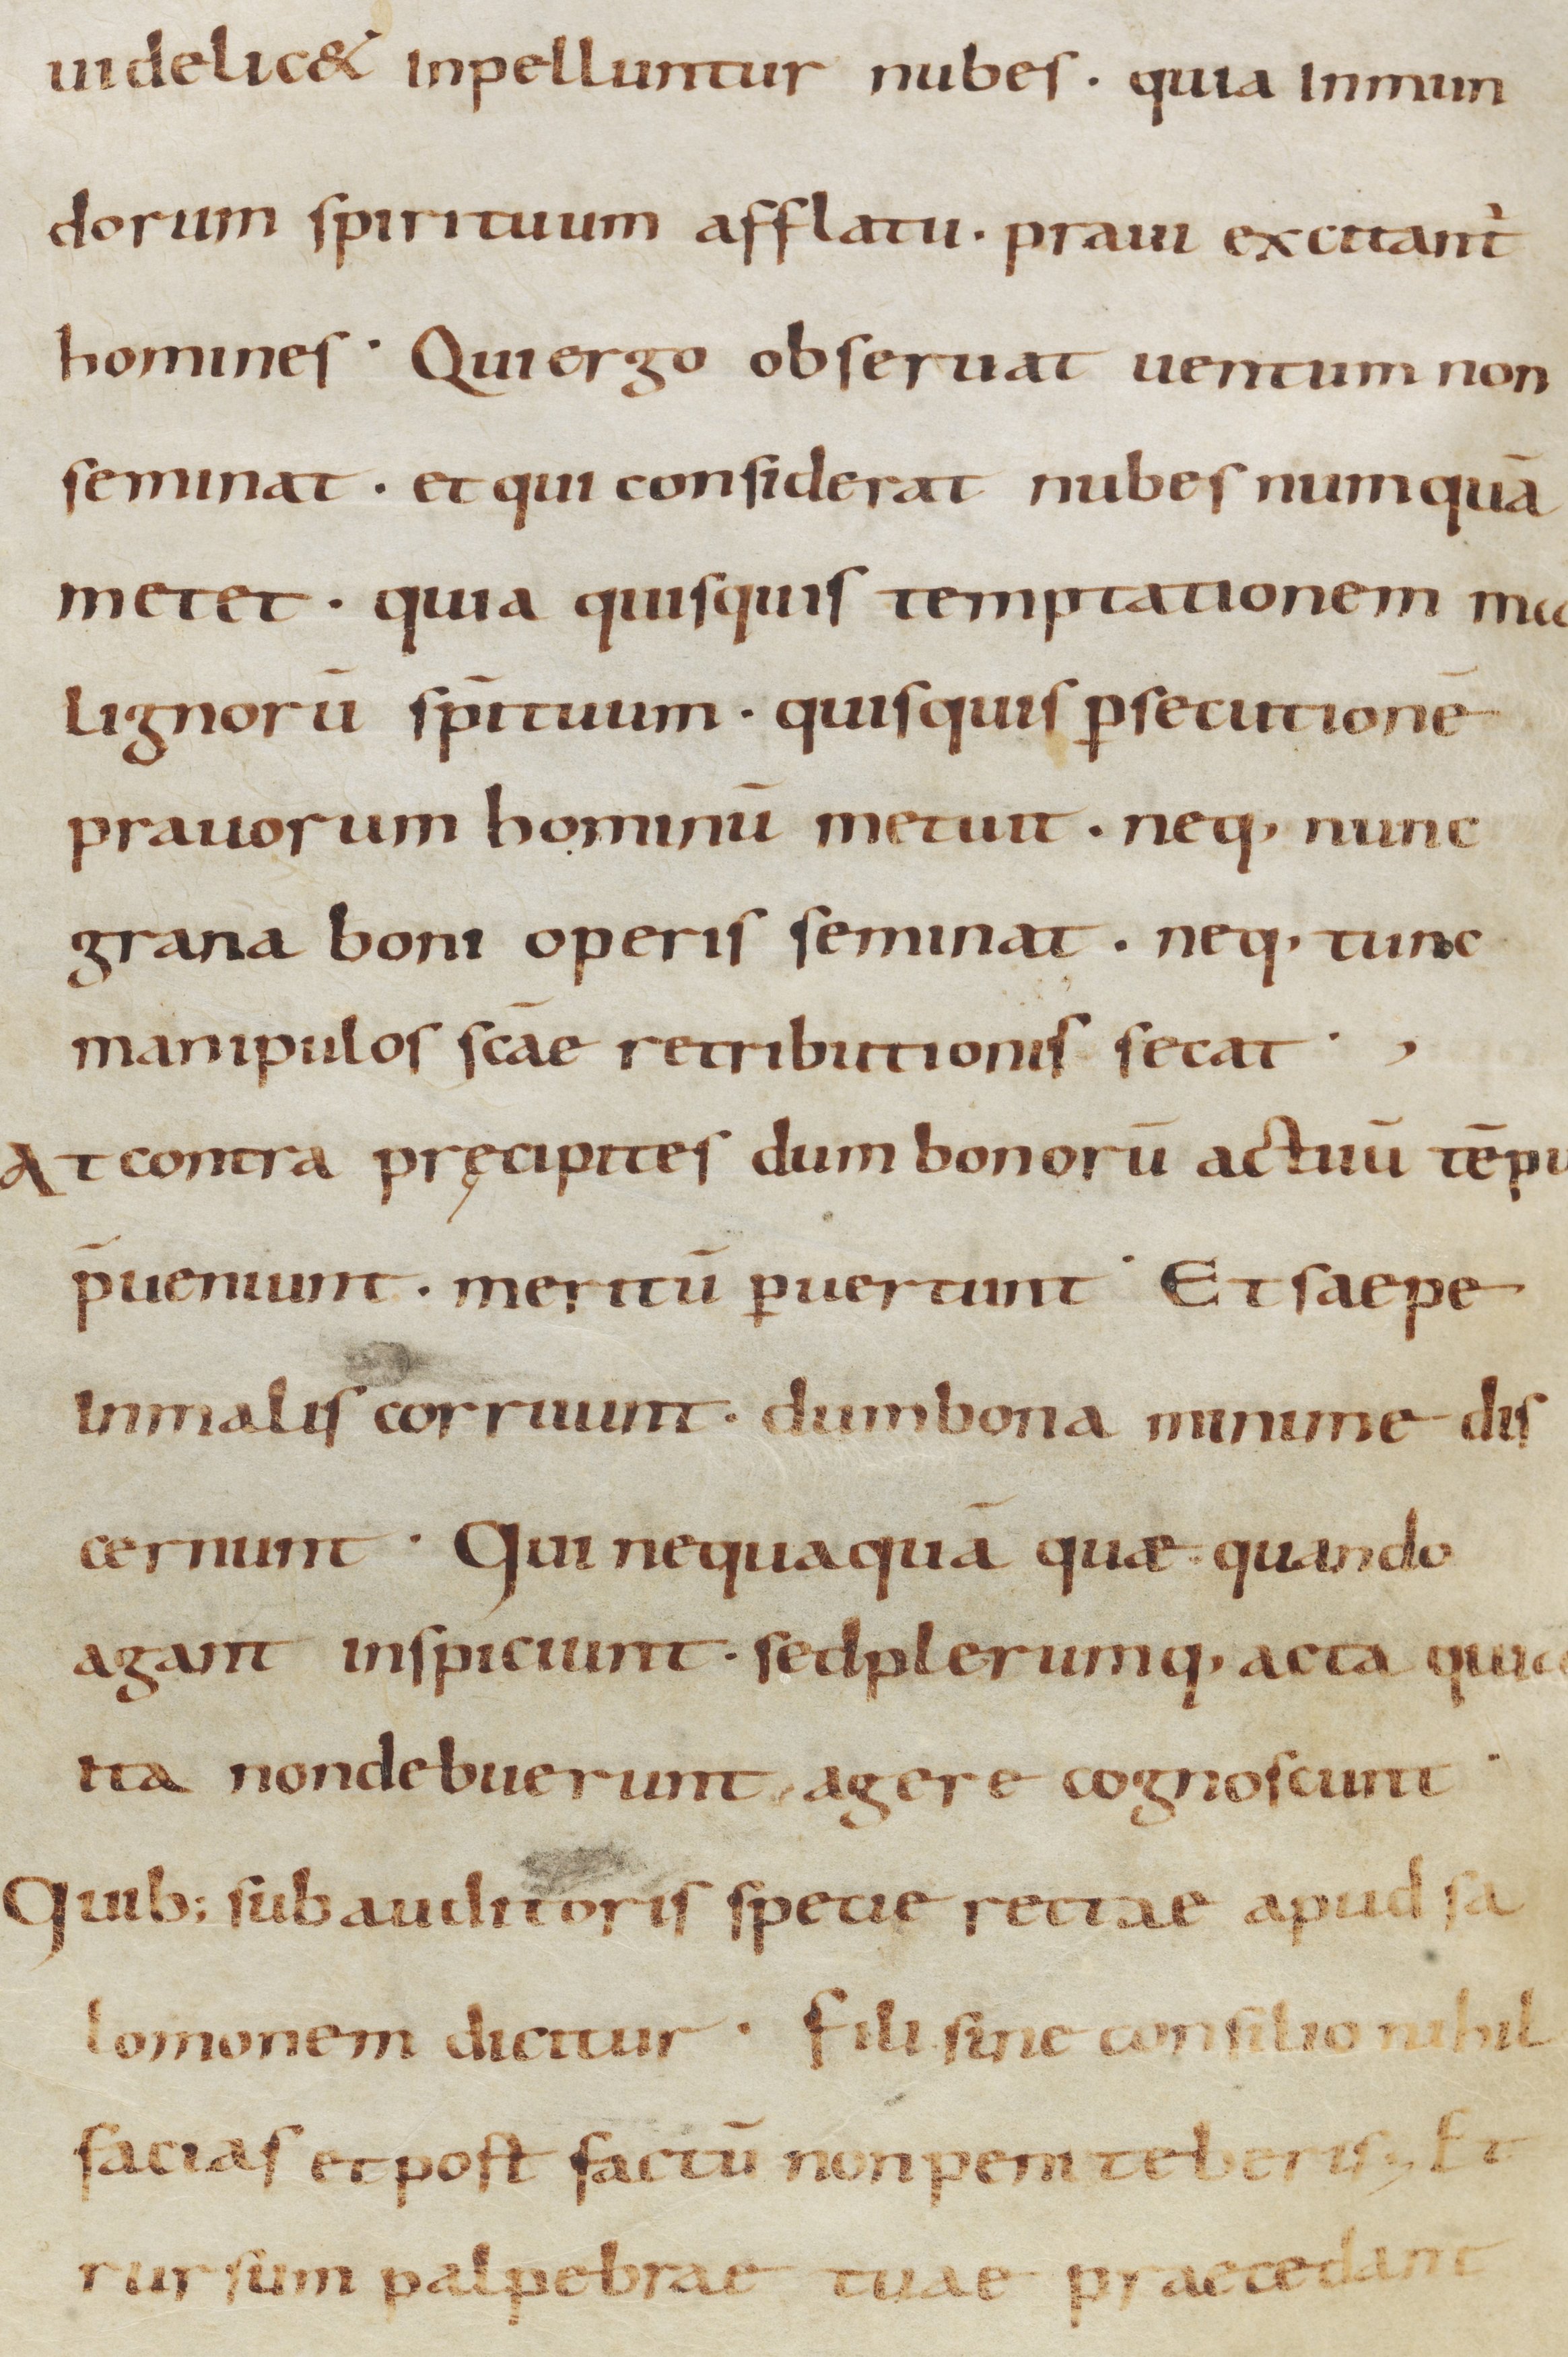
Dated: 900–999